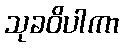
သုခဝိပါကာ